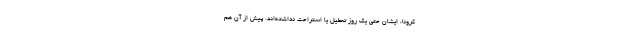
کرونا، ایشان حتی یک روز تعطیل یا استراحت نداشته‌اند. پیش از آن هم